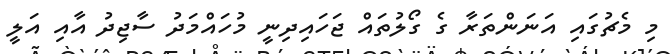
މި މެޗުގައި އަނަންތަރާ ގެ ގޯލުތައް ޖަހައިދިނީ މުހައްމަދު ސާޖިދު އާއި އަލީ